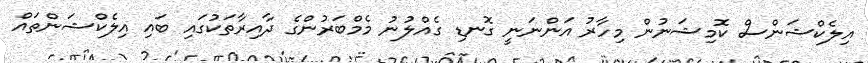
އިލެކްޝަންސް ކޮމިޝަނުން މިހާރު އަންނަނީ ގޮނޑި ގެއްލުނު މެމްބަރުންގެ ދާއިރާތަކުގައި ބައި އިލެކްޝަންތައް